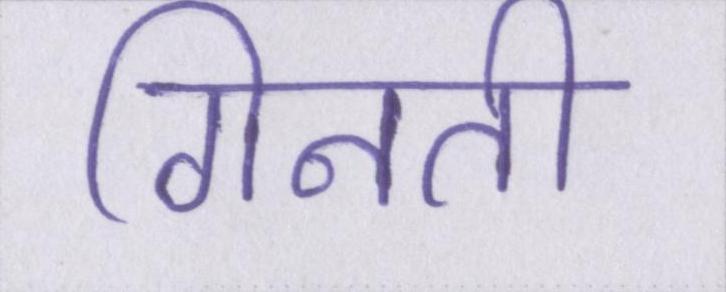
गिनती